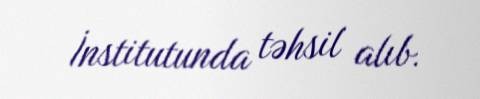
İnstitutunda təhsil alıb.